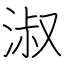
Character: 淑